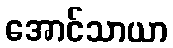
အောင်သာယာ